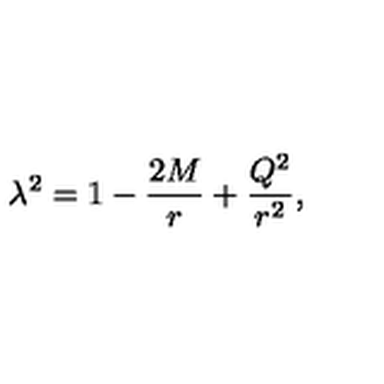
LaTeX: \lambda ^ { 2 } = 1 - \frac { 2 M } { r } + \frac { Q ^ { 2 } } { r ^ { 2 } } ,